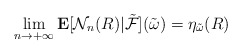
\begin{align*}\lim_{n\rightarrow +\infty}\mathbf E[{\mathcal N}_n(R)|\tilde{\mathcal F}](\tilde\omega)= \eta_{\tilde\omega}(R)\end{align*}